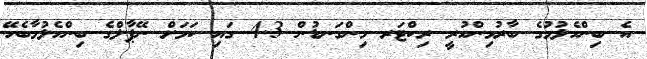
އެ ބިންހެލުމުގެ ބާރުމިންހުރީ ރިކްޓަރ މިންގަނޑުން 4.3 ގައި ކަމަށް ނޭޕާލްގެ ބިންހެލުމާބެހޭ